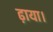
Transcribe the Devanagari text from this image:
ढ़ाया।